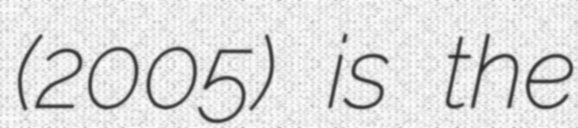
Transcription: (2005) is the